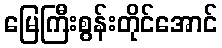
မြေကြီးစွန်းတိုင်အောင်